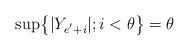
\begin{align*}\sup\bigr\{|Y_{e^{'}+i}|;i<\theta\bigr\}=\theta\end{align*}